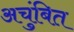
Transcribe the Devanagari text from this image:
अचुंबित